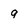
Character: g